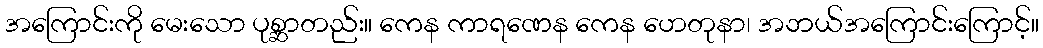
အကြောင်းကို မေးသော ပုစ္ဆာတည်း။ ကေန ကာရဏေန ကေန ဟေတုနာ၊ အဘယ်အကြောင်းကြောင့်။